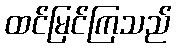
ထင်မြင်ကြသည်